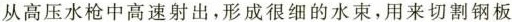
从高压水枪中高速射出，形成很细的水束，用来切割钢板